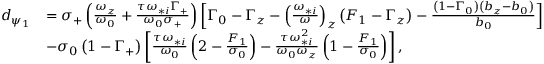
\begin{array} { r l } { d _ { \psi _ { 1 } } } & { = \sigma _ { + } \left( \frac { \omega _ { z } } { \omega _ { 0 } } + \frac { \tau \omega _ { * i } \Gamma _ { + } } { \omega _ { 0 } \sigma _ { + } } \right) \left[ \Gamma _ { 0 } - \Gamma _ { z } - \left( \frac { \omega _ { * i } } { \omega } \right) _ { z } \left( F _ { 1 } - \Gamma _ { z } \right) - \frac { \left( 1 - \Gamma _ { 0 } \right) \left( b _ { z } - b _ { 0 } \right) } { b _ { 0 } } \right] } \\ & { - \sigma _ { 0 } \left( 1 - \Gamma _ { + } \right) \left[ \frac { \tau \omega _ { * i } } { \omega _ { 0 } } \left( 2 - \frac { F _ { 1 } } { \sigma _ { 0 } } \right) - \frac { \tau \omega _ { * i } ^ { 2 } } { \omega _ { 0 } \omega _ { z } } \left( 1 - \frac { F _ { 1 } } { \sigma _ { 0 } } \right) \right] , } \end{array}